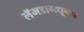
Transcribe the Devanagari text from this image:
लॅमडामधूनच